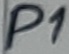
Text: P1